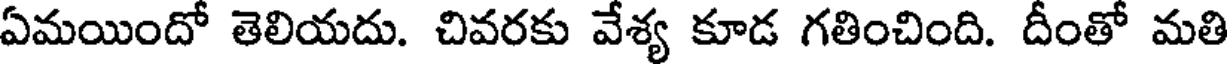
ఏమయిందో తెలియదు. చివరకు వేశ్య కూడ గతించింది. దీంతో మతి